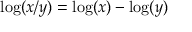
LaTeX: \log ( x / y ) = \log ( x ) - \log ( y )